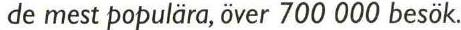
de mest populära, över 700 000 besök.